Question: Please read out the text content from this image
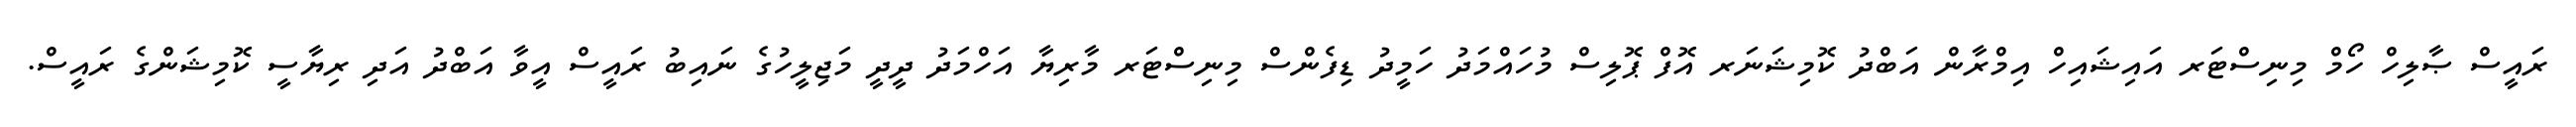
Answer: ރައީސް ޞާލިހް ހޯމް މިނިސްޓަރ އައިޝައިހް އިމްރާން އަބްދު ކޮމިޝަނަރ އޮފް ޕޮލިސް މުހައްމަދު ހަމީދު ޑިފެންސް މިނިސްޓަރ މާރިޔާ އަހްމަދު ދީދީ މަޖިލީހުގެ ނައިބު ރައީސް އީވާ އަބްދު އަދި ރިޔާސީ ކޮމިޝަންގެ ރައީސް.